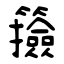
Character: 籡